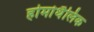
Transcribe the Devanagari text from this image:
होमोथैलिक